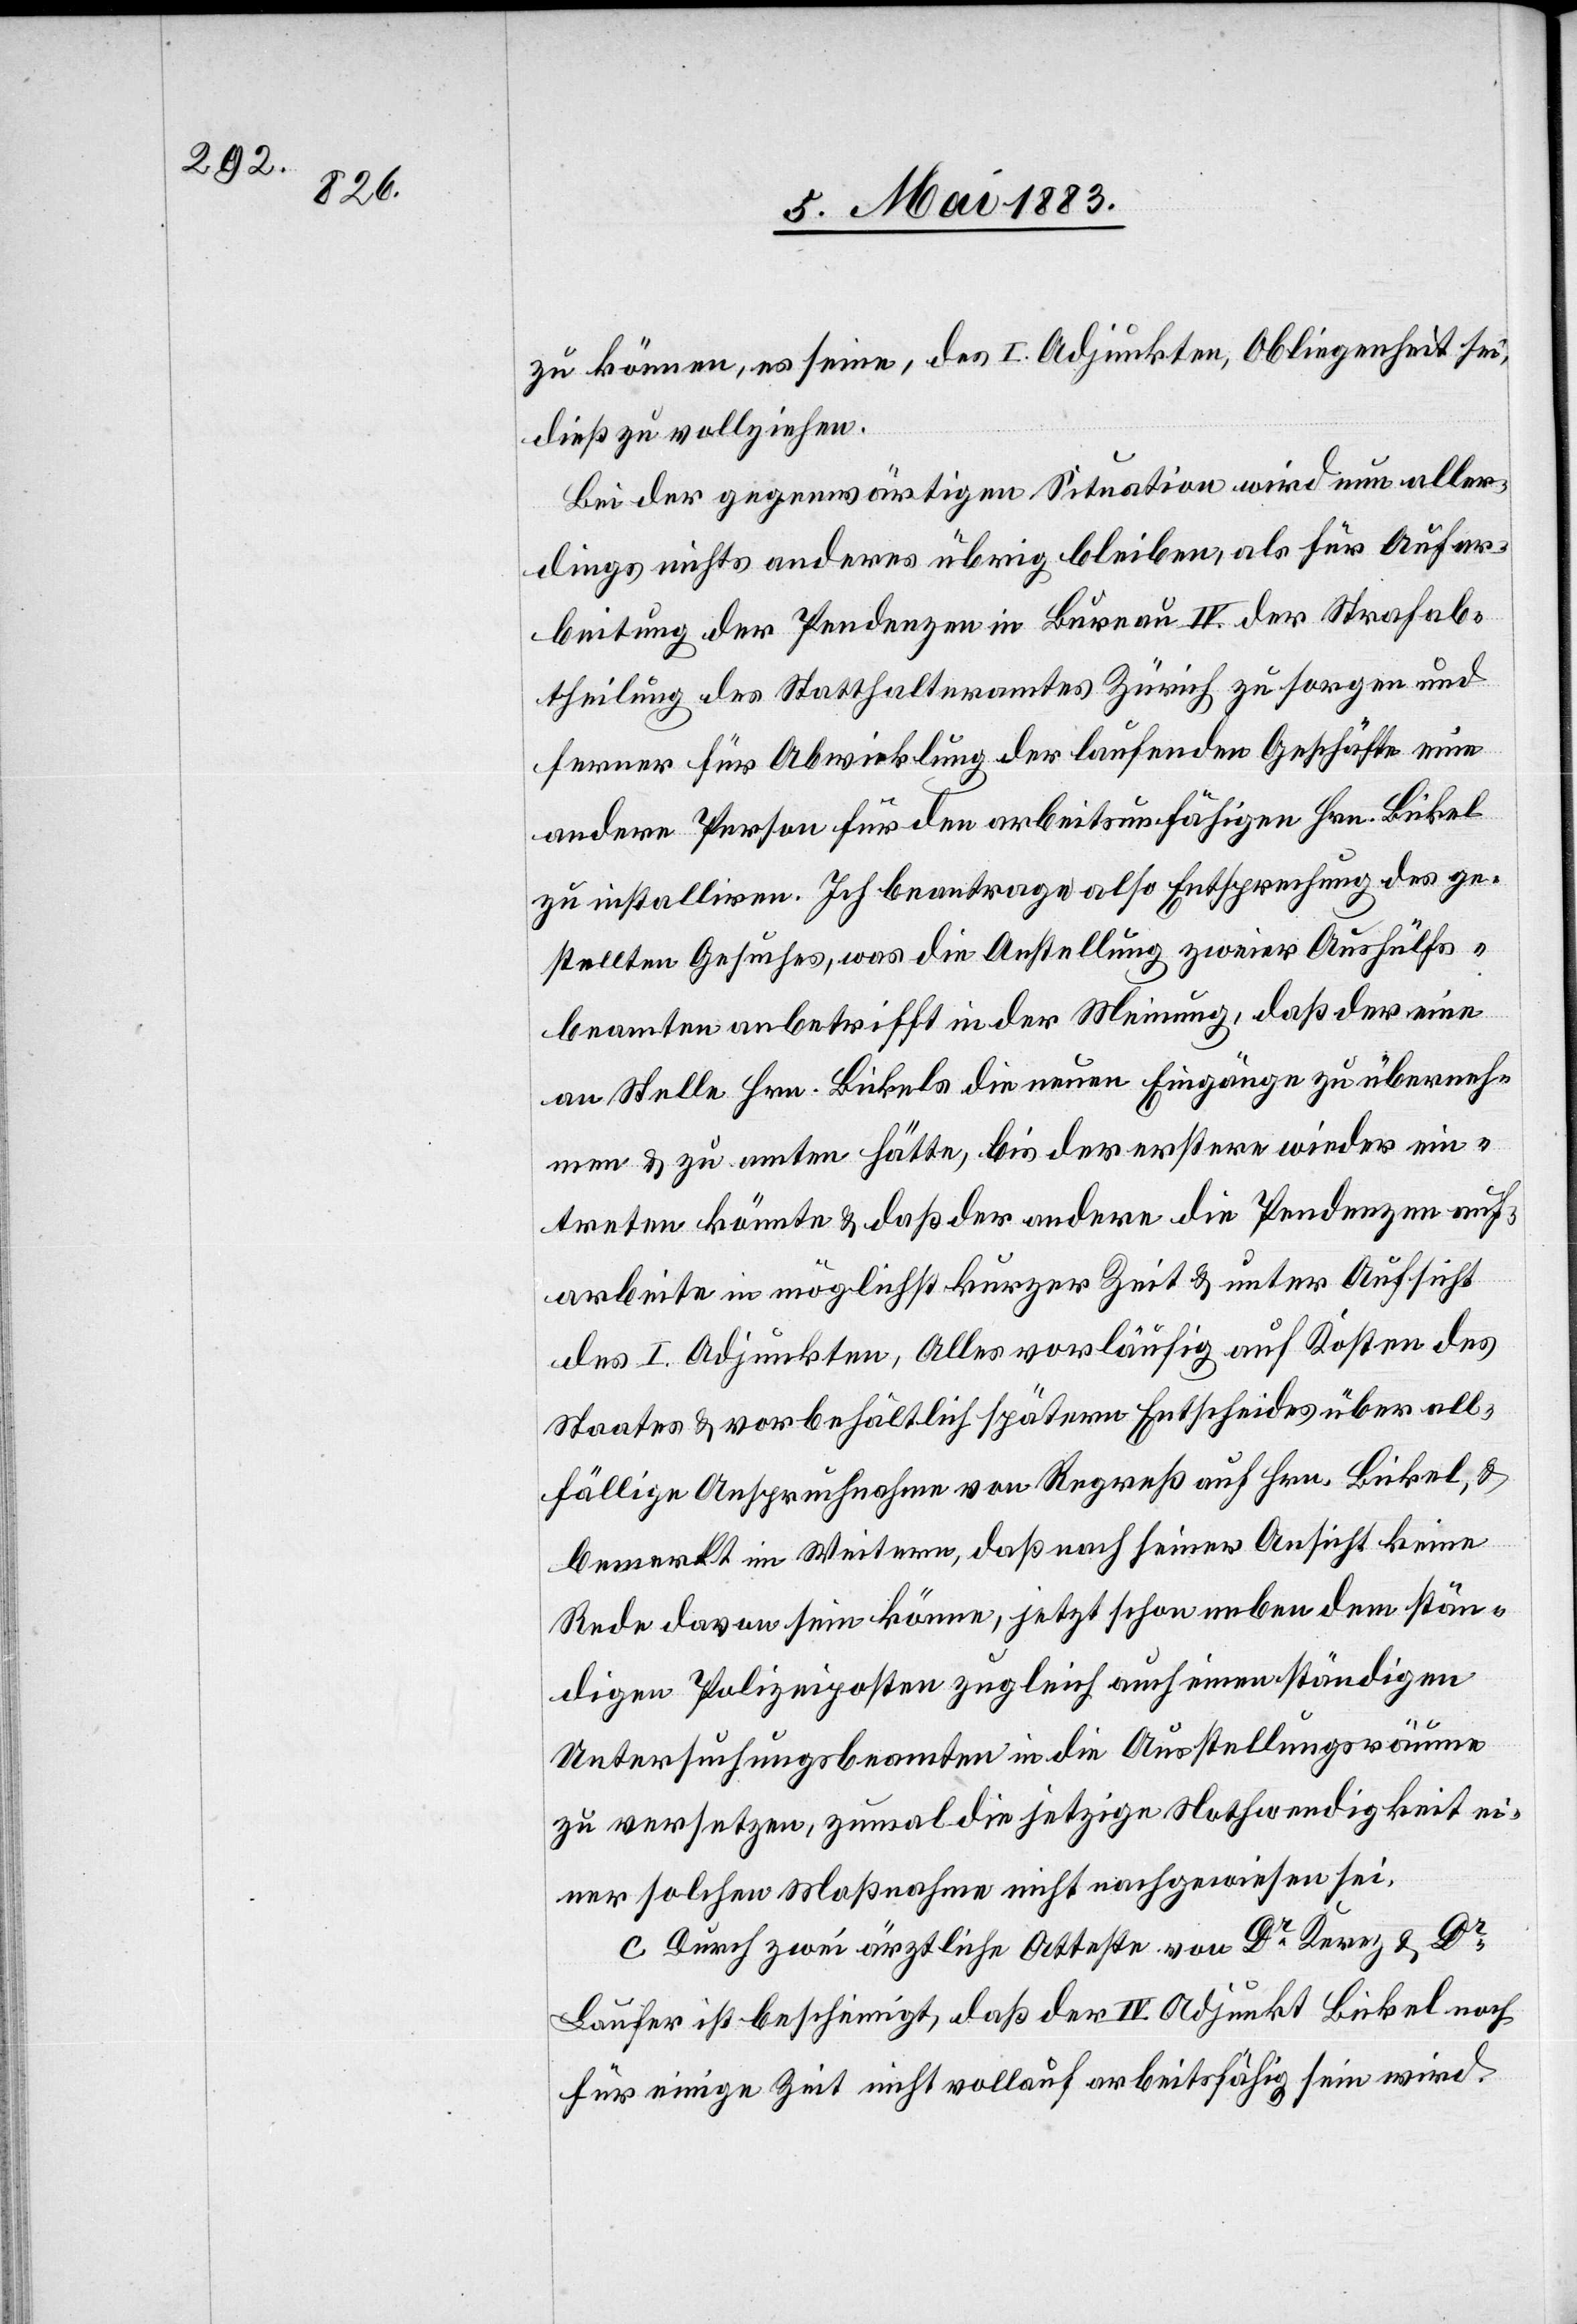
zu können, es seine, des I. Adjunkten, Obliegenheit sei,
dieß zu vollziehen.
Bei der gegenwärtigen Situation wird nun aller¬
dings nichts anderes übrig bleiben, als für Aufar¬
beitung der Pendenzen in Bureau IV. der Strafab¬
theilung des Statthalteramtes Zürich zu sorgen und
ferner für Abwicklung der laufenden Geschäfte eine
andere Person für den arbeitsunfähigen Hrn. Bickel
zu installiren. Ich beantrage also Entsprechung des ge¬
stellten Gesuches, was die Anstellung zweier Aushülfs¬
beamten anbetrifft in der Meinung, daß der eine
an Stelle Hrn. Bickels die neuen Eingänge zu überneh¬
men & zu amten hätte, bis der erstere wieder ein¬
treten könnte & daß der andere die Pendenzen auf¬
arbeiten in möglichst kurzer Zeit & unter Aufsicht
des I. Adjunkten, Alles vorläufig auf Kosten des
Staates & vorbehältlich spätern Entscheides über all¬
fällige Anspruchnahme von Regreß auf Hrn. Bickel, &
bemerkt im Weitern, daß nach seiner Ansicht keine
Rede davon sein könne, jetzt schon neben dem stän¬
digen Polizeiposten zugleich auch einen ständigen
Untersuchungsbeamten in die Ausstellungsräume
zu versetzen, zumal die jetzige Nothwendigkeit ei¬
ner solchen Maßnahme nicht nachgewiesen sei.
C. Durch zwei ärztliche Atteste von Dr Kerez & Dr
Laufer ist bescheinigt, daß der IV. Adjunkt Bickel noch
für einige Zeit nicht vollauf arbeitsfähig sein wird.